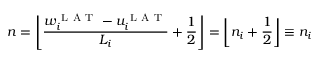
n = \left\lfloor \frac { w _ { i } ^ { \mathrm { ~ L ~ A ~ T ~ } } - u _ { i } ^ { \mathrm { ~ L ~ A ~ T ~ } } } { L _ { i } } + \frac { 1 } { 2 } \right\rfloor = \left\lfloor n _ { i } + \frac { 1 } { 2 } \right\rfloor \equiv n _ { i }